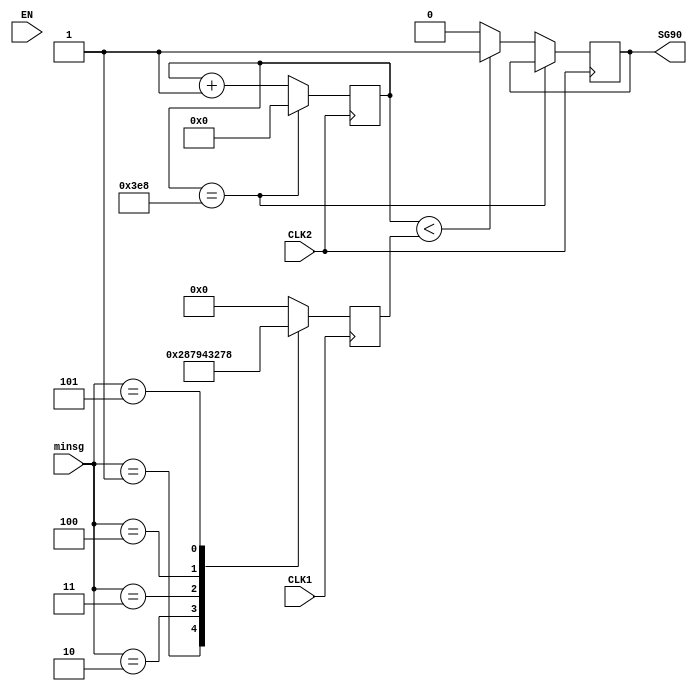
module surrounding_driver(CLK1,CLK2,EN,minsg,SG90);
input EN;                //
input [3:0] minsg;
output reg SG90;   //PWM
input CLK1;                  //20ms
input CLK2;                  //10us

reg [24:0] pwm;
reg [24:0] count;

initial 
begin 
    count<=0;
	 pwm<=0;
end

always @(posedge CLK1)
begin
	  case(minsg)
		  0:begin pwm<=0; end
		  1:begin pwm<=40;  end
		  2:begin pwm<=60; end
		  3:begin pwm<=80; end
		  4:begin pwm<=100;end
		  5:begin pwm<=120; end
		  default: pwm<=0; 
	  endcase
end

always @(posedge CLK2)
begin
     if(count==1000)
	  begin
	       count<=0;
	  end
	  else if(count<pwm) 
	       begin 
			     SG90<=1;
				  count<=count+1;
			 end
	  else
	       begin
			     SG90<=0;
				  count<=count+1;
			 end
end

endmodule